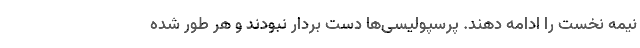
نیمه نخست را ادامه دهند. پرسپولیسی‌ها دست بردار نبودند و هر طور شده